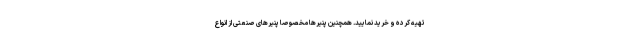
تهیه کرده و خرید نمایید. همچنین پنیرها مخصوصا پنیرهای صنعتی از انواع